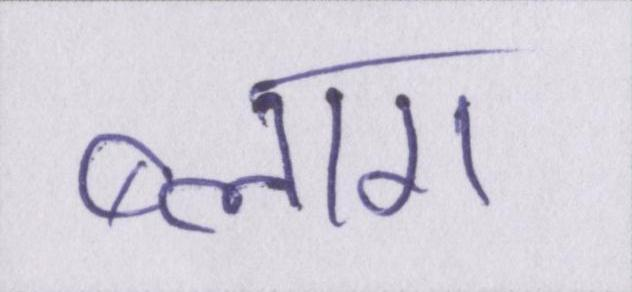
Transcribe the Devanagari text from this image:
ब्लाग